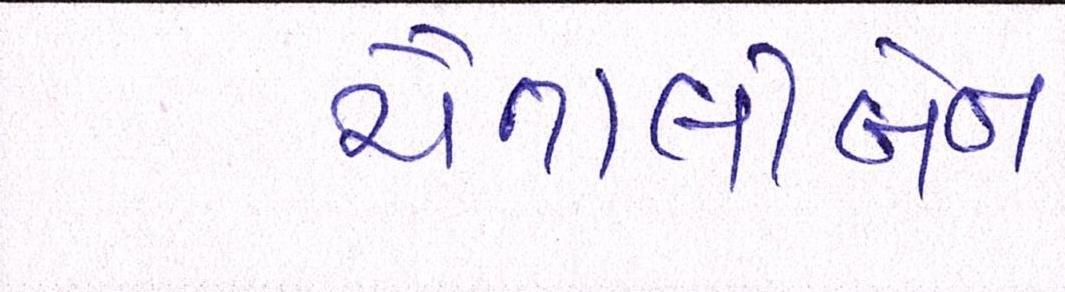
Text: ચૈતાલીબેન